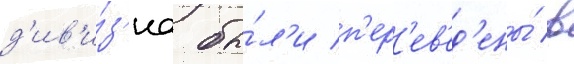
д'ив'и́з'иа бы́л'и п'ер'ев'ед'ены́ в